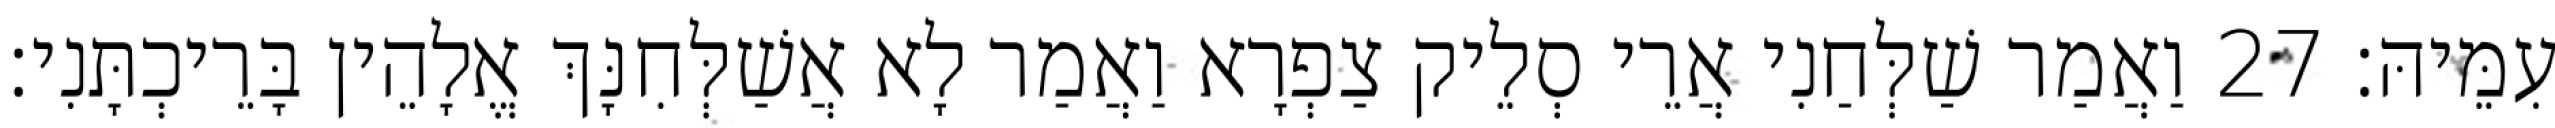
עִמֵּיהּ׃ 27 וַאֲמַר שַׁלְּחַנִי אֲרֵי סְלֵיק צַפְרָא וַאֲמַר לָא אֲשַׁלְּחִנָּךְ אֱלָהֵין בָּרֵיכְתָּנִי׃